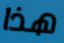
هذا